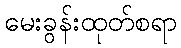
မေးခွန်းထုတ်စရာ